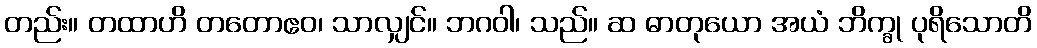
တည်း။ တထာဟိ တတောဧဝ၊ သာလျှင်။ ဘဂဝါ၊ သည်။ ဆ ဓာတုယော အယံ ဘိက္ခု ပုရိသောတိ